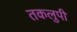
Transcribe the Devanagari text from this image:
तकलुपी